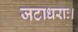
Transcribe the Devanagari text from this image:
जटाधराः।